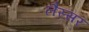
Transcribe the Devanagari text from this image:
लैस्सर